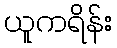
ယူကရိန်း